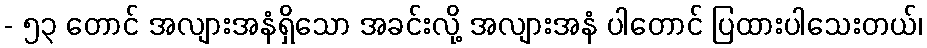
- ၅၃ တောင် အလျားအနံရှိသော အခင်းလို့ အလျားအနံ ပါတောင် ပြထားပါသေးတယ်၊